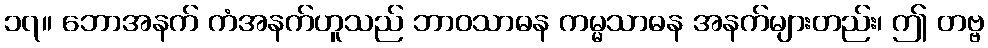
၁၇။ ဘောအနက် ကံအနက်ဟူသည် ဘာဝသာဓန ကမ္မသာဓန အနက်များတည်း၊ ဤ တဗ္ဗ